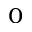
_ 0